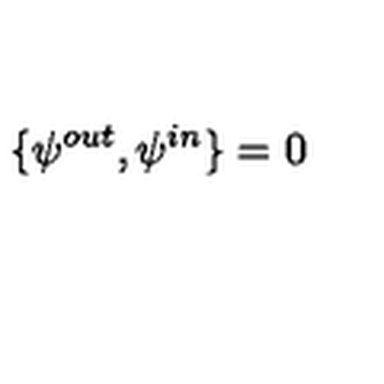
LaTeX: \{ \psi ^ { o u t } , \psi ^ { i n } \} = 0 ~